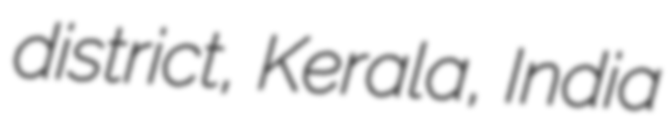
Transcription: district, Kerala, India